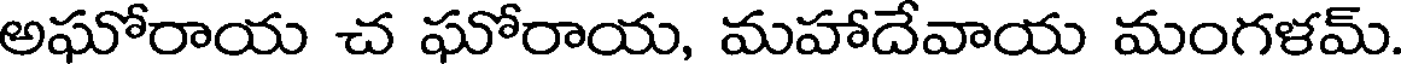
అఘోరాయ చ ఘోరాయ, మహాదేవాయ మంగళమ్